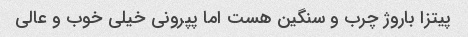
پیتزا باروژ چرب و سنگین هست اما پپرونی خیلی خوب و عالی